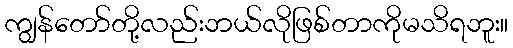
ကျွန်တော်တို့လည်းဘယ်လိုဖြစ်တာကိုမသိရဘူး။